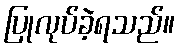
ပြုလုပ်ခဲ့ရသည်။